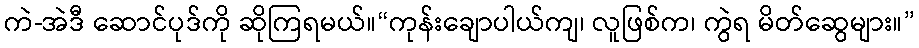
ကဲ-အဲဒီ ဆောင်ပုဒ်ကို ဆိုကြရမယ်။“ကုန်းချောပါယ်ကျ၊ လူဖြစ်က၊ ကွဲရ မိတ်ဆွေများ။”